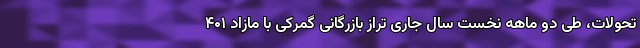
تحولات، طی دو ماهه نخست سال جاری تراز بازرگانی گمرکی با مازاد ۴۰۱